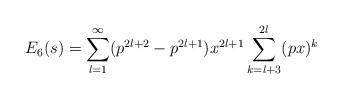
LaTeX: \begin{align*}E_6(s) = \sum_{l=1}^{\infty} (p^{2l+2} - p^{2l+1})x^{2l+1} \sum_{k = l+3}^{2l} (px)^k\end{align*}